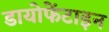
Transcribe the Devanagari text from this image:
डायोफेंटाइन